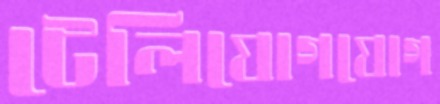
টেলিযোগযোগ